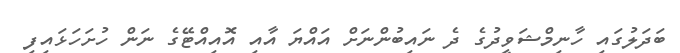
ބަދަލުގައި ހާނިމްޝަވީދުގެ ދެ ނައިބުންނަށް އައްޔަ އާއި އޮއިއްޓޭގެ ނަން ހުށަހަޅައިފި